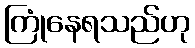
ကြုံနေရသည်ဟု